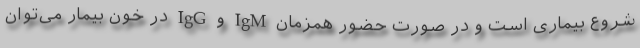
شروع بیماری است و در صورت حضور همزمان IgM و IgG در خون بیمار می‌توان